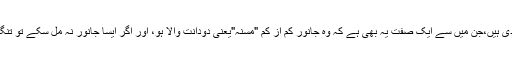
قربانی کے جانور کی صفات شریعت نے تفصیل سےبیان کر دی ہیں،جن میں سے ایک صفت یہ بھی ہے کہ وہ جانور کم از کم "مسنہ"یعنی دودانت والا ہو، اور اگر ایسا جانور نہ مل سکے تو تنگی کی صورت میں ایک سال کا کھیرا مینڈھا کیا جس سکتا ہے۔